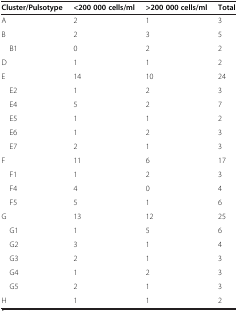
<table><thead><tr><td><b>Cluster/Pulsotype</b></td><td><b>&lt;200 000 cells/ml</b></td><td><b>&gt;200 000 cells/ml</b></td><td><b>Total</b></td></tr></thead><tbody><tr><td>A</td><td>2</td><td>1</td><td>3</td></tr><tr><td>B</td><td>2</td><td>3</td><td>5</td></tr><tr><td> B1</td><td>0</td><td>2</td><td>2</td></tr><tr><td>D</td><td>1</td><td>1</td><td>2</td></tr><tr><td>E</td><td>14</td><td>10</td><td>24</td></tr><tr><td> E2</td><td>1</td><td>2</td><td>3</td></tr><tr><td> E4</td><td>5</td><td>2</td><td>7</td></tr><tr><td> E5</td><td>1</td><td>1</td><td>2</td></tr><tr><td> E6</td><td>1</td><td>2</td><td>3</td></tr><tr><td> E7</td><td>2</td><td>1</td><td>3</td></tr><tr><td>F</td><td>11</td><td>6</td><td>17</td></tr><tr><td> F1</td><td>1</td><td>2</td><td>3</td></tr><tr><td> F4</td><td>4</td><td>0</td><td>4</td></tr><tr><td> F5</td><td>5</td><td>1</td><td>6</td></tr><tr><td>G</td><td>13</td><td>12</td><td>25</td></tr><tr><td> G1</td><td>1</td><td>5</td><td>6</td></tr><tr><td> G2</td><td>3</td><td>1</td><td>4</td></tr><tr><td> G3</td><td>2</td><td>1</td><td>3</td></tr><tr><td> G4</td><td>1</td><td>2</td><td>3</td></tr><tr><td> G5</td><td>2</td><td>1</td><td>3</td></tr><tr><td>H</td><td>1</td><td>1</td><td>2</td></tr></tbody></table>